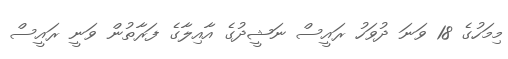
މިމަހުގެ 18 ވަނަ ދުވަހު ރައީސް ނަޝީދުގެ އާއިލާގެ ފަރާތުން ވަނީ ރައީސް